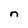
Character: n